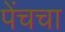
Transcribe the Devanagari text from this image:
पेंचचा